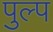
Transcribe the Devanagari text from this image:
पुल्प